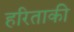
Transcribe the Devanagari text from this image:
हरिताकी